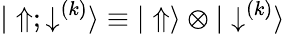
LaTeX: {|\Uparrow;\downarrow^{(k)}\rangle}\equiv{|\Uparrow\rangle\otimes|\downarrow^{(k)}\rangle}